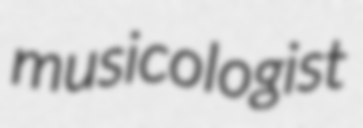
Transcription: musicologist